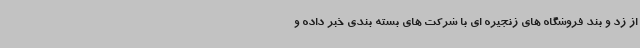
از زد و بند فروشگاه های زنجیره ای با شرکت های بسته بندی خبر داده و